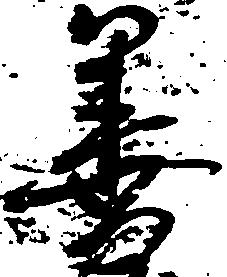
善